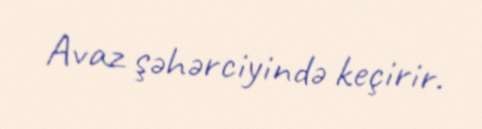
Avaz şəhərciyində keçirir.